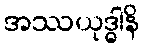
အဿယုဒ္ဓါနိ